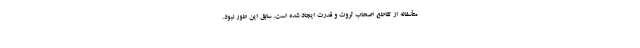
متأسفانه از تقاطع اصحاب ثروت و قدرت ایجاد شده است. سابق این طور نبود.